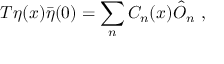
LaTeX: T \eta ( x ) \bar { \eta } ( 0 ) = \sum _ { n } C _ { n } ( x ) \hat { O } _ { n } \ ,